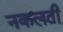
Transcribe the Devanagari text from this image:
नकलती